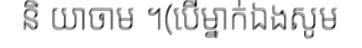
និ យាចាម ។(បើម្នាក់ឯងសូម